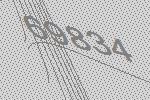
69834